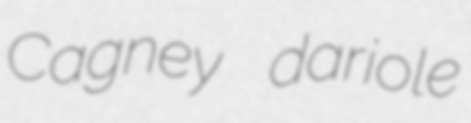
Cagney dariole